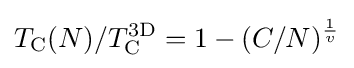
T_{\text{C}}(N)/T_{\text{C}}^{\text{3D}}=1-(C/N)^{\frac {1}{v}}